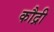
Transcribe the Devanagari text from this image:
कौद्री